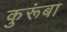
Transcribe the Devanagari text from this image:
कुरूंबा